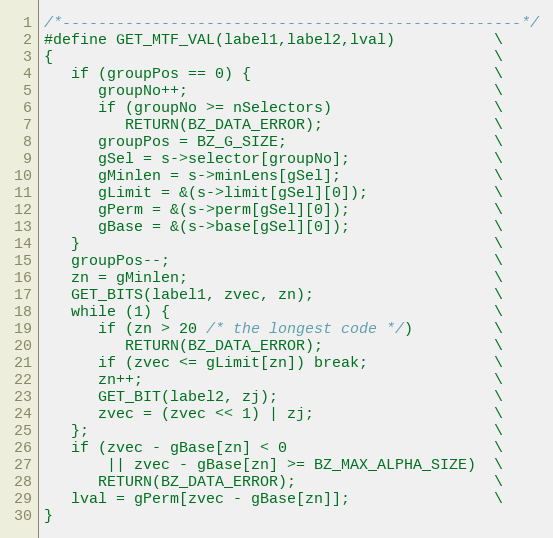
Language: C
/*---------------------------------------------------*/
#define GET_MTF_VAL(label1,label2,lval)           \
{                                                 \
   if (groupPos == 0) {                           \
      groupNo++;                                  \
      if (groupNo >= nSelectors)                  \
         RETURN(BZ_DATA_ERROR);                   \
      groupPos = BZ_G_SIZE;                       \
      gSel = s->selector[groupNo];                \
      gMinlen = s->minLens[gSel];                 \
      gLimit = &(s->limit[gSel][0]);              \
      gPerm = &(s->perm[gSel][0]);                \
      gBase = &(s->base[gSel][0]);                \
   }                                              \
   groupPos--;                                    \
   zn = gMinlen;                                  \
   GET_BITS(label1, zvec, zn);                    \
   while (1) {                                    \
      if (zn > 20 /* the longest code */)         \
         RETURN(BZ_DATA_ERROR);                   \
      if (zvec <= gLimit[zn]) break;              \
      zn++;                                       \
      GET_BIT(label2, zj);                        \
      zvec = (zvec << 1) | zj;                    \
   };                                             \
   if (zvec - gBase[zn] < 0                       \
       || zvec - gBase[zn] >= BZ_MAX_ALPHA_SIZE)  \
      RETURN(BZ_DATA_ERROR);                      \
   lval = gPerm[zvec - gBase[zn]];                \
}